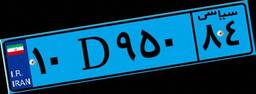
۱۰D۹۵۰۸۴